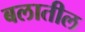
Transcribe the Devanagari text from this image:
बलातील